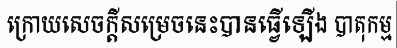
ក្រោយសេចក្តីសម្រេចនេះបានធ្វើឡើង បាតុកម្ម